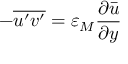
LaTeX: - { \overline { { u ^ { \prime } v ^ { \prime } } } } = \varepsilon _ { M } { \frac { \partial { \bar { u } } } { \partial y } }